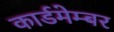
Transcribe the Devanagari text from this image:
कार्डमेम्बर